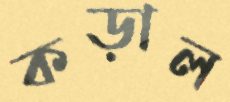
কড়াল